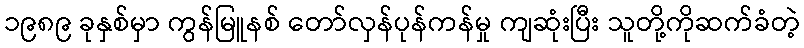
၁၉၈၉ ခုနှစ်မှာ ကွန်မြူနစ် တော်လှန်ပုန်ကန်မှု ကျဆုံးပြီး သူတို့ကိုဆက်ခံတဲ့